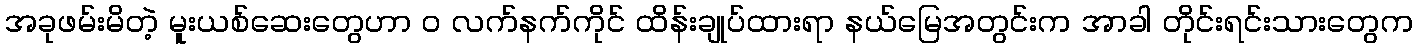
အခုဖမ်းမိတဲ့ မူးယစ်ဆေးတွေဟာ ဝ လက်နက်ကိုင် ထိန်းချုပ်ထားရာ နယ်မြေအတွင်းက အာခါ တိုင်းရင်းသားတွေက